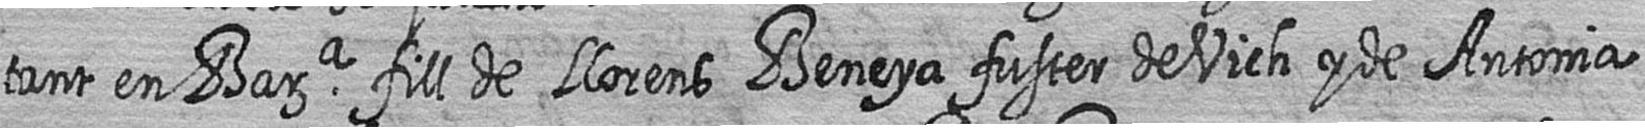
tant en Bara fill de Llorens Beneya fuster de Vich y de Antonia